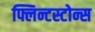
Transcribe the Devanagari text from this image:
फ्लिन्टस्टोन्स